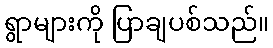
ရွာများကို ပြာချပစ်သည်။